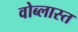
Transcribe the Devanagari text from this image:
वोब्लास्त